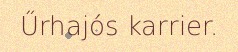
Űrhajós karrier.